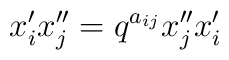
{x}'_i {x}''_j=q^{a_{ij}}{x}''_j{x}'_i